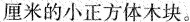
厘米的小正方体木块。